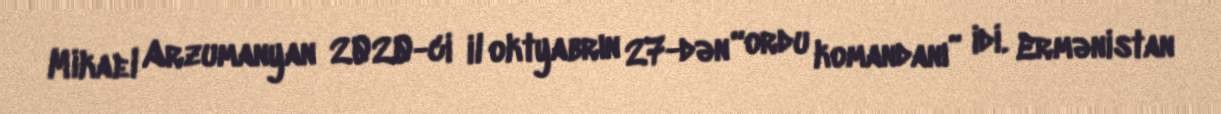
Mikael Arzumanyan 2020-ci il oktyabrın 27-dən “ordu komandanı” idi. Ermənistan